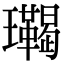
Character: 𤫝